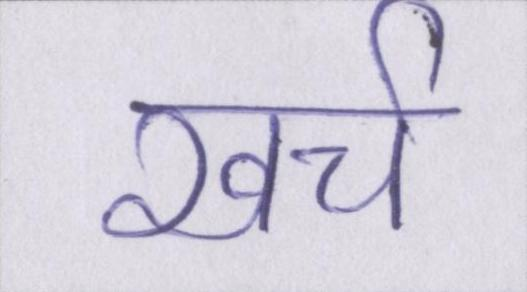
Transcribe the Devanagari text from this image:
खर्च